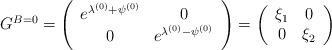
LaTeX: \begin{align*}G^{B=0}=\left(\begin{array}{cc}e^{\lambda ^{(0)}+\psi ^{(0)}} & 0 \\0 & e^{\lambda ^{(0)}-\psi ^{(0)}}\end{array}\right) =\left(\begin{array}{cc}\xi _{1} & 0 \\0 & \xi _{2}\end{array}\right) \end{align*}